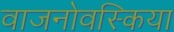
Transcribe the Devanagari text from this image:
वाजनोवस्किया